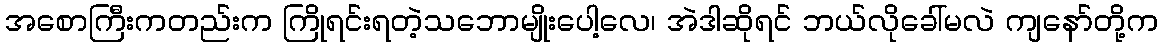
အစောကြီးကတည်းက ကြိုရင်းရတဲ့သဘောမျိုးပေါ့လေ၊ အဲဒါဆိုရင် ဘယ်လိုခေါ်မလဲ ကျနော်တို့က